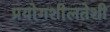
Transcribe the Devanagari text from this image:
प्रयोगशीलतेशी